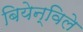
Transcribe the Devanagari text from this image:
बियेन्विले